Vaccination in Burma 1912-1922 - 1912-1922
Year: 1912
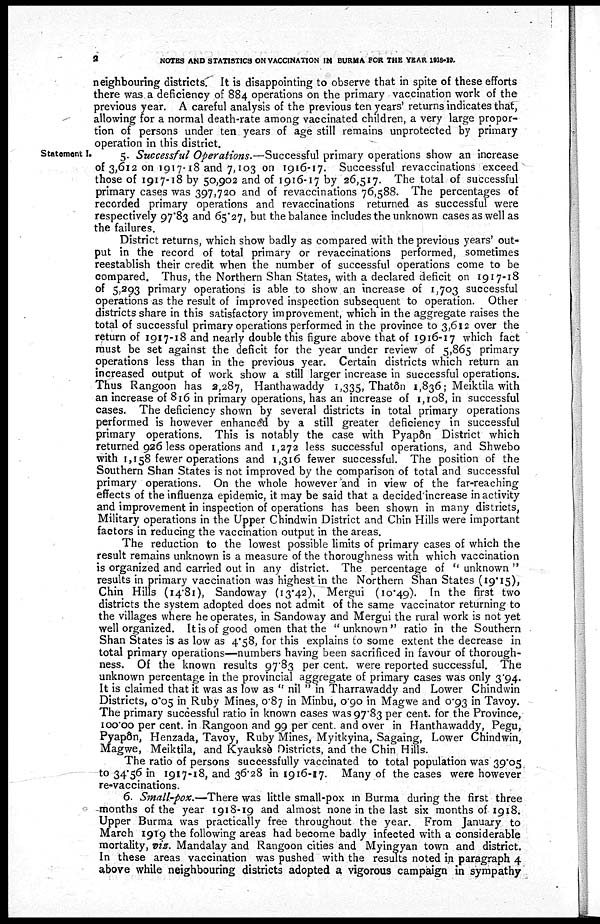
3
NOTES AND STATISTICS ON VACCINATION IN BURMA FOR THE YEAR 1918-19.
neighbouring districts. It is disappointing to observe that in spite of these efforts
there was a deficiency of 884 operations on the primary vaccination work of the
previous year. A careful analysis of the previous ten years' returns indicates that,
allowing for a normal death-rate among vaccinated children, a very large propor-
tion of persons under ten years of age still remains unprotected by primary
operation in this district.
Statement I.
5. Successful Operations.—Successful primary operations show an increase
of 3,612 on 1917-18 and 7,103 on 1916-17. Successful revaccinations exceed
those of 1917-18 by 50,902 and of 1916-17 by 26,517. The total of successful
primary cases was 397,720 and of revaccinations 76,588. The percentages of
recorded primary operations and revaccinations returned as successful were
respectively 97.83 and 65.27, but the balance includes the unknown cases as well as
the failures.
District returns, which show badly as compared with the previous years' out-
put in the record of total primary or revaccinations performed, sometimes
reestablish their credit when the number of successful operations come to be
compared. Thus, the Northern Shan States, with a declared deficit on 1917-18
of 5,293 primary operations is able to show an increase of 1,703 successful
operations as the result of improved inspection subsequent to operation. Other
districts share in this satisfactory improvement, which in the aggregate raises the
total of successful primary operations performed in the province to 3,612 over the
return of 1917-18 and nearly double this figure above that of 1916-17 which fact
must be set against the deficit for the year under review of 5,865 primary
operations less than in the previous year. Certain districts which return an
increased output of work show a still larger increase in successful operations.
Thus Rangoon has 2,287, Hanthawaddy 1,335, Thatôn 1,836; Meiktila with
an increase of 816 in primary operations, has an increase of 1,108, in successful
cases. The deficiency shown by several districts in total primary operations
performed is however enhanced by a still greater deficiency in successful
primary operations. This is notably the case with Pyapôn District which
returned 926 less operations and 1,272 less successful operations, and Shwebo
with 1,158 fewer operations and 1,316 fewer successful. The position of the
Southern Shan States is not improved by the comparison of total and successful
primary operations. On the whole however and in view of the far-reaching
effects of the influenza epidemic, it may be said that a decided increase in activity
and improvement in inspection of operations has been shown in many districts,
Military operations in the Upper Chindwin District and Chin Hills were important
factors in reducing the vaccination output in the areas.
The reduction to the lowest possible limits of primary cases of which the
result remains unknown is a measure of the thoroughness with which vaccination
is organized and carried out in any district. The percentage of " unknown "
results in primary vaccination was highest in the Northern Shan States (19.15),
Chin Hills (14.81), Sandoway (13.42), Mergui (10.49). In the first two
districts the system adopted does not admit of the same vaccinator returning to
the villages where he operates, in Sandoway and Mergui the rural work is not yet
well organized. It is of good omen that the "unknown" ratio in the Southern
Shan States is as low as 4.58, for this explains to some extent the decrease in
total primary operations—numbers having been sacrificed in favour of thorough-
ness. Of the known results 97.83 per cent. were reported successful. The
unknown percentage in the provincial aggregate of primary cases was only 3.94.
It is claimed that it was as low as " nil " in Tharrawaddy and Lower Chindwin
Districts, 0.05 in Ruby Mines, 0.87 in Minbu, 0.90 in Magwe and 0.93 in Tavoy.
The primary successful ratio in known cases was 97.83 per cent. for the Province,
100.00 per cent. in Rangoon and 99 per cent. and over in Hanthawaddy, Pegu,
Pyapôn, Henzada, Tavoy, Ruby Mines, Myitkyina, Sagaing, Lower Chindwin,
Magwe, Meiktila, and Kyauksè Districts, and the Chin Hills.
The ratio of persons successfully vaccinated to total population was 39.05
to 34.56 in 1917-18, and 36.28 in 1916-17. Many of the cases were however
re-vaccinations.
6. Small-pox.—There was little small-pox in Burma during the first three
months of the year 1918-19 and almost none in the last six months of 1918.
Upper Burma was practically free throughout the year. From January to
March 1919 the following areas had become badly infected with a considerable
mortality, viz. Mandalay and Rangoon cities and Myingyan town and district.
In these areas vaccination was pushed with the results noted in paragraph 4
above while neighbouring districts adopted a vigorous campaign in sympathy